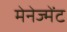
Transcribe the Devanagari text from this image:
मेनेज्मेंट